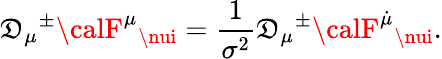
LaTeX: \mathfrak{D}_{\mu}{}^{\pm}{\calF}^{\mu}{}_{\nui}=\frac{{1}}{{\sigma^{2}}}{\cal\mathfrak{D}}_{\mu}{}^{\pm}{\calF}^{\dot{{\mu}}}{}_{\nui}.